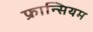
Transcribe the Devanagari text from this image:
फ्रान्सियम